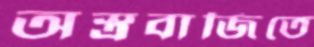
অস্ত্রবাজিতে